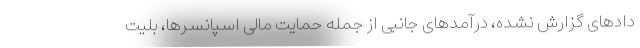
دادهای گزارش نشده، درآمدهای جانبی از جمله حمایت مالی اسپانسرها، بلیت